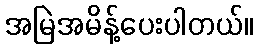
အမြဲအမိန့်ပေးပါတယ်။